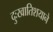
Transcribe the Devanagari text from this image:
दुःखातिशयाने